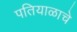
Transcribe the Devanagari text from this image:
पतियाळाचे